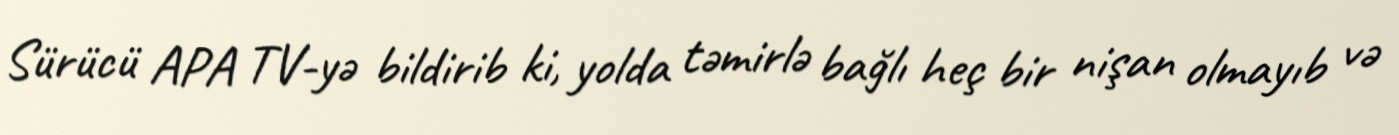
Sürücü APA TV-yə bildirib ki, yolda təmirlə bağlı heç bir nişan olmayıb və